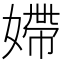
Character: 𡠹